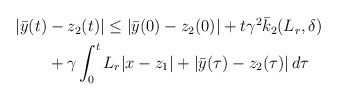
\begin{align*}\begin{aligned}|\bar{y}(t)&-z_2(t)| \le | \bar{y}(0)-z_2(0)| + t\gamma^2 \bar{k}_2(L_r,\delta)\\& + \gamma \int_0^t L_r|x-z_1| + |\bar{y}(\tau)-z_2(\tau)|\,d\tau \end{aligned}\end{align*}